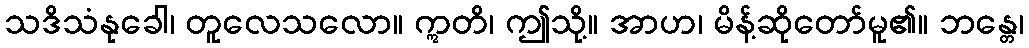
သဒိသံနုခေါ၊ တူလေသလော။ ဣတိ၊ ဤသို့။ အာဟ၊ မိန့်ဆိုတော်မူ၏။ ဘန္တေ၊